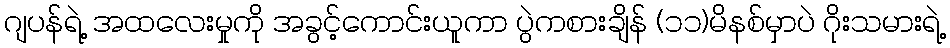
ဂျပန်ရဲ့ အထလေးမှုကို အခွင့်ကောင်းယူကာ ပွဲကစားချိန် (၁၁)မိနစ်မှာပဲ ဂိုးသမားရဲ့